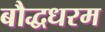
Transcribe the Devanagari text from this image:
बौद्धधरम